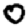
Digit: 0